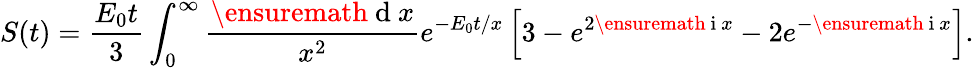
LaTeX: S(t)=\frac{E_{0}t}{3}\int_{0}^{\infty}\frac{\ensuremath{\mathrm{~d~}}x}{x^{2}}e^{-E_{0}t/x}\left[3-e^{2\ensuremath{\mathrm{~i~}}x}-2e^{-\ensuremath{\mathrm{~i~}}x}\right].